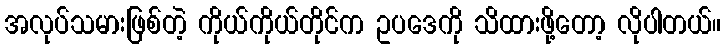
အလုပ်သမားဖြစ်တဲ့ ကိုယ်ကိုယ်တိုင်က ဥပဒေကို သိထားဖို့တော့ လိုပါတယ်။